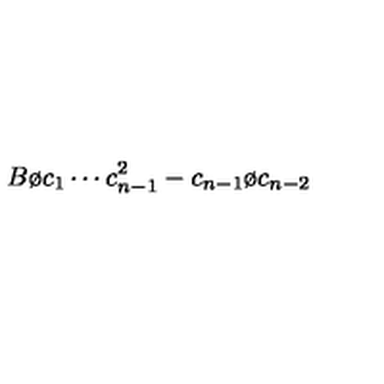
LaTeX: { { B } \o { c _ { 1 } \cdots c _ { n - 1 } ^ { 2 } } } - { { c _ { n - 1 } } \o { c _ { n - 2 } } }